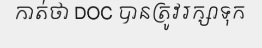
កាត់ថា DOC បានត្រូវរក្សាទុក